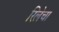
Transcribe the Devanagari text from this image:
रिलेचा